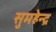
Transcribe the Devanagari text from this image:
सुमहेन्द्र